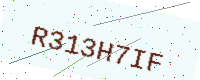
Text: R313H7IF